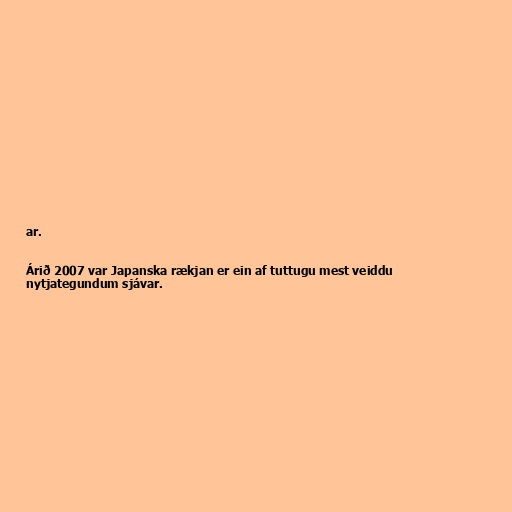
ar.

Árið 2007 var Japanska rækjan er ein af tuttugu mest veiddu
nytjategundum sjávar.